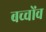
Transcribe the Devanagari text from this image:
बच्चोंव